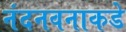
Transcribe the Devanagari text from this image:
नंदनवनाकडे